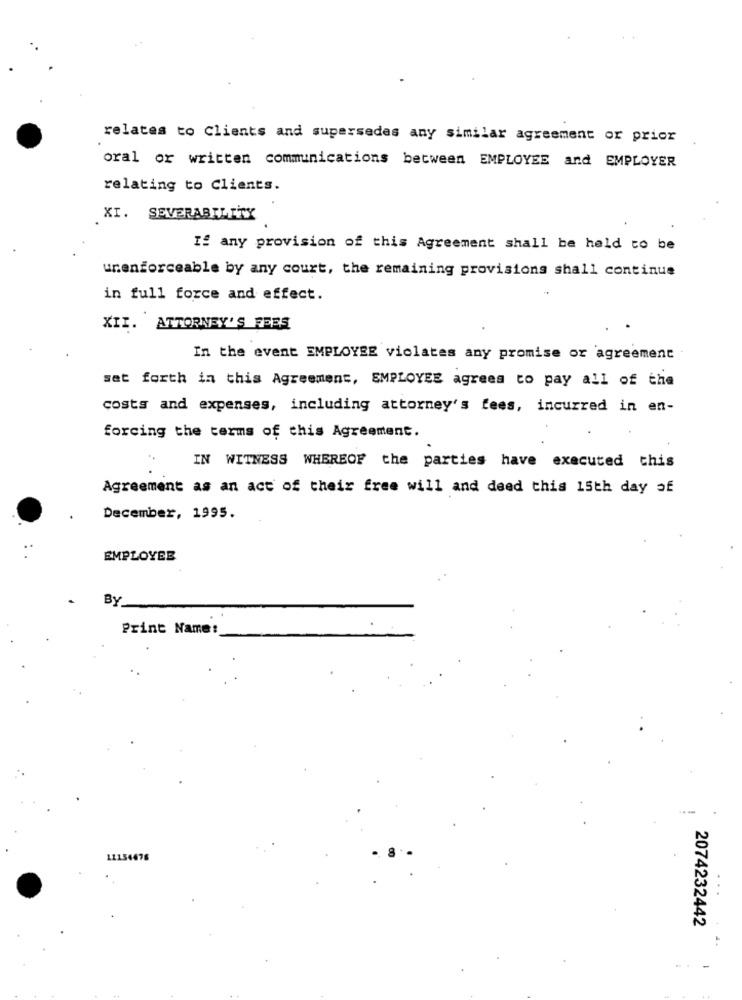
relates to Clients and supersedes any similar agreement or prior
oral or written communications between EMPLOYEE and EMPLOYER
relating to Clients.
XI. SEVERABILITY
If any provision of this Agreement shall be held to be
unenforceable by any court, the remaining provisions shall continue
in full force and effect.
XII. ATTORNEY'S FEES
In the event EMPLOYEE violates any promise or agreement
set forth in this Agreement, EMPLOYEE agrees to pay all of the
costs and expenses, including attorney's fees, incurred in en-
forcing the terms of this Agreement.
IN WITNESS WHEREOF the parties have executed this
Agreement as an act of their free will and deed this 15th day of
December, 1995.
EMPLOYEE
By
Print Name:
11154476
2074232442